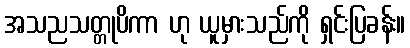
အသညသတ္တုပိကာ ဟု ယူမှားသည်ကို ရှင်းပြခန်း။